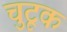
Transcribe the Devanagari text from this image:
चुटूक